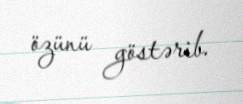
özünü göstərib.